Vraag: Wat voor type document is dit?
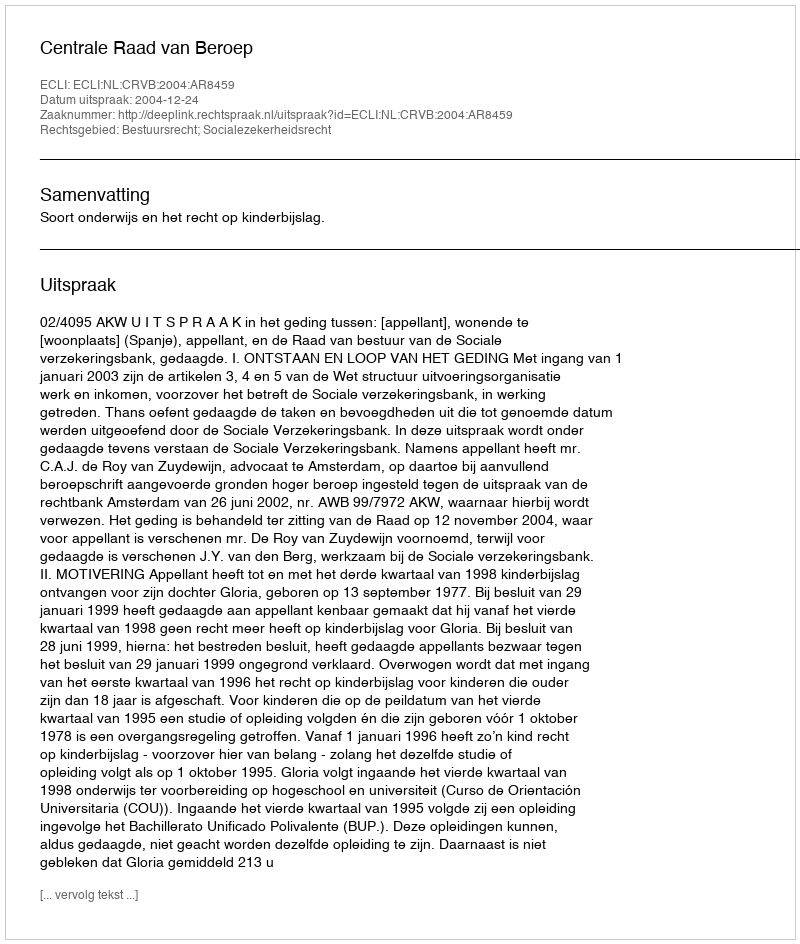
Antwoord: Uitspraak